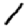
Digit: 1